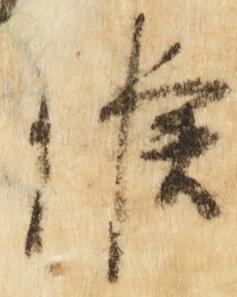
候